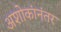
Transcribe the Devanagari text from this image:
अशोकांनंतर